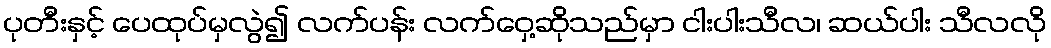
ပုတီးနှင့် ပေထုပ်မှလွဲ၍ လက်ပန်း လက်ဝှေ့ဆိုသည်မှာ ငါးပါးသီလ၊ ဆယ်ပါး သီလလို